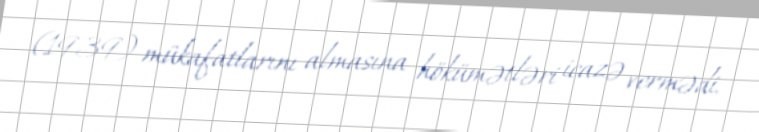
(1939) mükafatlarını almasına hökümətləri icazə vermədi.